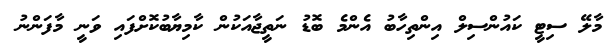
މާލޭ ސިޓީ ކައުންސިލް އިންތިހާބު އެންމެ ބޮޑު ނަތީޖާއަކުން ކާމިޔާބުކޮށްފައި ވަނީ މާފަންނު